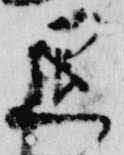
退